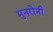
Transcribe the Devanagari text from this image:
मुनरोनी